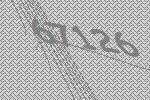
67126